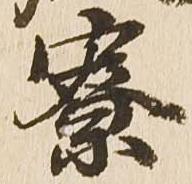
尞